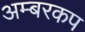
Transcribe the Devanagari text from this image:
अम्बरकप